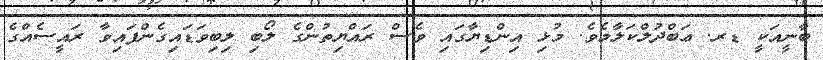
ބާނީއަކީ ޑރ. ޢަބްދުލްކަލާމެވެ. މުޅި އިންޑިޔާގައި ވެސް ރައްޔިތުންގެ ލޯބި ލިބިވަޑައިގެންފައިވާ ރައީސެއްގެ